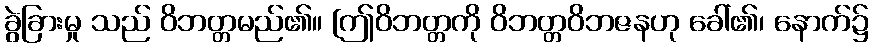
ခွဲခြားမှု သည် ဝိဘတ္တမည်၏။ [ဤဝိဘတ္တကို ဝိဘတ္တဝိဘဇနဟု ခေါ်၏၊ နောက်၌